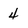
Character: 4